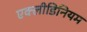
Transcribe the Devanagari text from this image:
एक्लीडिनियम